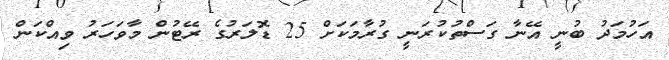
އަހުމަދު ބުނީ އޭނާ ގަސްތުކުރަނީ ގުރާމަކަށް 25 ޑޮލަރުގެ ރޭޓުން މާވަހަރު ވިއްކަން